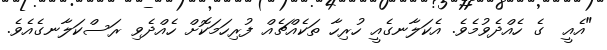
"އެއީ  ގެ ހެއްދެވުމެވެ. އެކަލާނގެއީ ހުރިހާ ތަކެއްޗެއް ފުރިހަމަކޮށް ހެއްދެވި ރަސްކަލާނގެއެވެ.